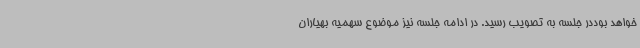
خواهد بوددر جلسه به تصویب رسید. در ادامه جلسه نیز موضوع سهمیه بهیاران